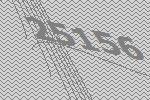
25156